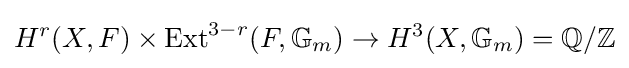
H^{r}(X,F)\times \operatorname {Ext} ^{3-r}(F,\mathbb {G} _{m})\to H^{3}(X,\mathbb {G} _{m})=\mathbb {Q} /\mathbb {Z}